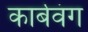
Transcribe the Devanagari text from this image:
कार्बवंग